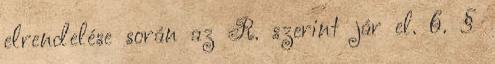
elrendelése során az R. szerint jár el. 6. §